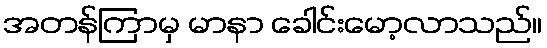
အတန်ကြာမှ မာနာ ခေါင်းမော့လာသည်။